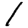
Digit: 1